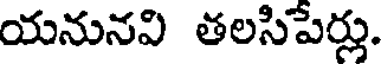
యనునవి తలసిపేర్లు.